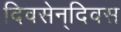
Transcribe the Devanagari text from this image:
दिवसेन्‌दिवस